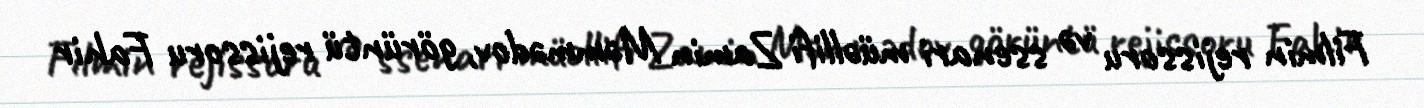
Filmin rejissoru və ssenari müəllifi Zamin Məmmədov, görüntü rejissoru Fahir